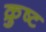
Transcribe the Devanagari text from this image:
क्रुष्ट